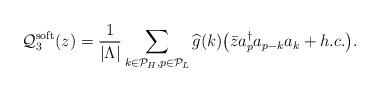
LaTeX: \begin{align*}\mathcal Q_3^{\rm{soft}}(z) = \frac{1}{\vert \Lambda \vert} \sum_{k \in \mathcal P_H, p \in \mathcal P_L} \widehat g(k) \big( \bar z a_p^\dagger a_{p-k} a_k + h.c. \big) .\end{align*}